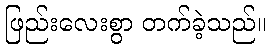
ဖြည်းလေးစွာ တက်ခဲ့သည်။